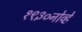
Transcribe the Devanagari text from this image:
१९३०नोव्हें